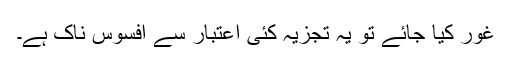
غور کیا جائے تو یہ تجزیہ کئی اعتبار سے افسوس ناک ہے۔